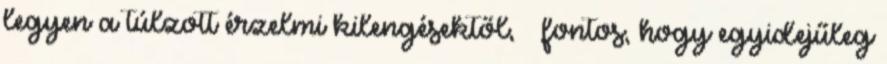
legyen a túlzott érzelmi kilengésektől, – fontos, hogy egyidejűleg